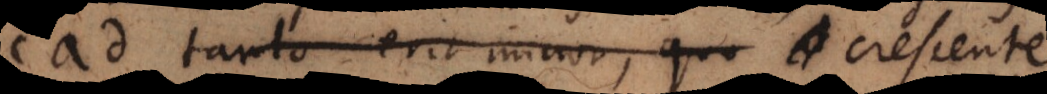
cad tanto erit minor, quo crescente